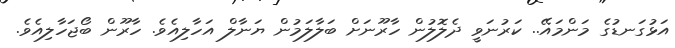
އަޅުގަނޑުގެ މަންމައޭ.. ކަރުނަވީ ދެލޮލުން ހާރޫނަށް ބަލާލަމުން ޔަނާލް އަހާލިއެވެ. ހާރޫން ބޯޖަހާލިއެވެ.